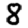
Digit: 8